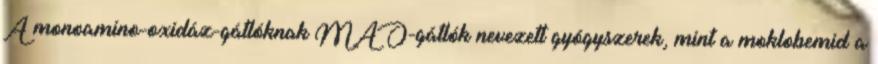
A monoamino-oxidáz-gátlóknak MAO-gátlók nevezett gyógyszerek, mint a moklobemid a